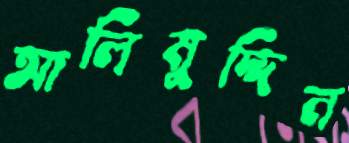
আলিমুদ্দিন